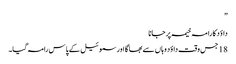
”
داؤد کا را مہ خیمہ پر جانا
18 جس وقت داؤد وہاں سے بھا گا اور سموئیل کے پاس رامہ گیا۔